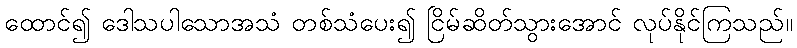
ထောင်၍ ဒေါသပါသောအသံ တစ်သံပေး၍ ငြိမ်ဆိတ်သွားအောင် လုပ်နိုင်ကြသည်။